Scottish Leaving Certificate Examination, 1961
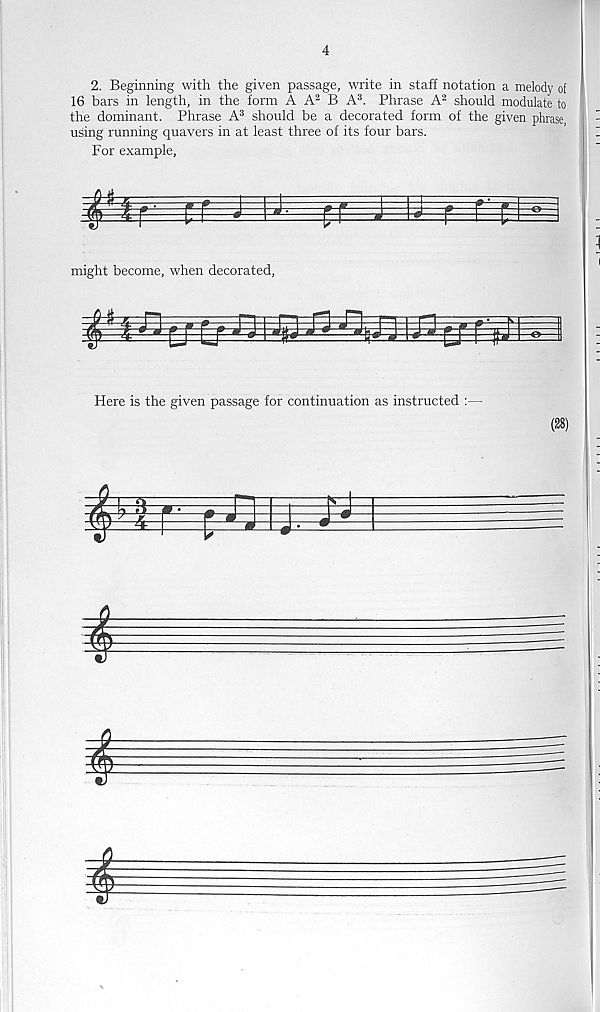
4
2. Beginning with the given passage, write in staff notation a melody of
16 bars in length, in the form A A 2 B A 3 . Phrase A 2 should modulate to
the dominant. Phrase A 3 should be a decorated form of the given phrase,
using running quavers in at least three of its four bars.
For example,
£
might become, when decorated,
mm
Here is the given passage for continuation as instructed :—
(28)